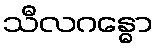
သီလဂန္ဓော